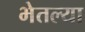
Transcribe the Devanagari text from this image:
भेतल्या